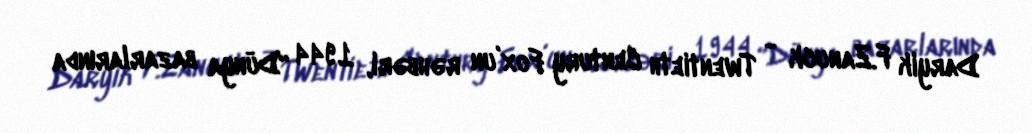
Daryik F.Zanuck - Twentieth Century Fox’un rəhbəri, 1944 “Dünya bazarlarında